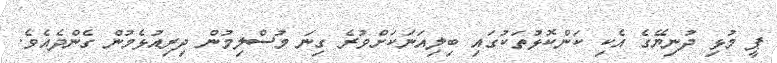
ޕީ މުޅި ދުނިޔޭގެ އެކި ކަންކޮޅުތަކުގައި ބިލިއަނަކަށްވުރެ ގިނަ މުސްލިމުން ދިރިއުޅެމުން ގެންދެއެވެ.